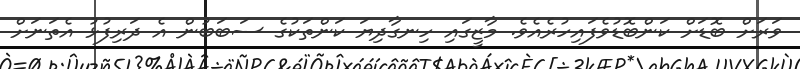
ވަރަށް ބޮޑަށް ކަންބޮޑުވެފައިހުރެއެވެ. މާޒީގައި ހިނގާދިޔަ ކަންތަކުގެ ސަބަބުން އެ ދަރިފުޅު އެތަނަށް